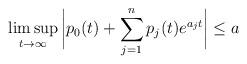
LaTeX: \begin{align*}\limsup_{t \rightarrow \infty} \bigg{|} p_0 (t) + \sum_{j =1}^{n} p_j (t) e^{a_j t} \bigg{|} \leq a\end{align*}